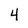
Character: 4